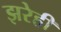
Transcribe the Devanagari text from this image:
झरेही